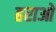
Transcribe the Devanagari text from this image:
हराओ